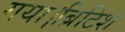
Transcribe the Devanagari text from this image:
गया।ब्रिटिश